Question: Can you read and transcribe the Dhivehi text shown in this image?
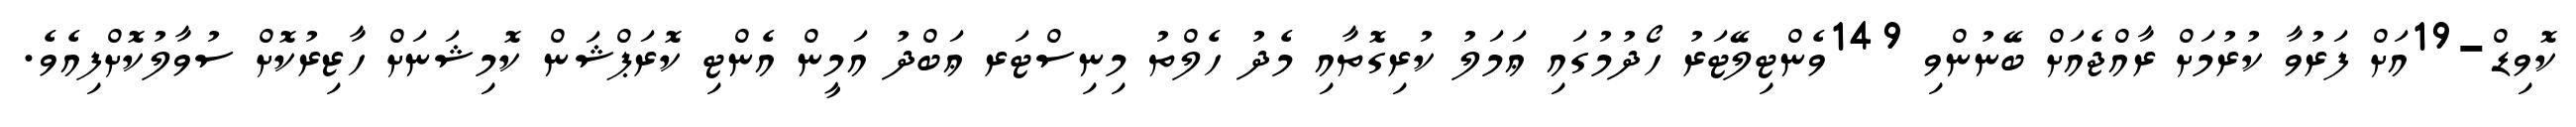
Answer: ކޮވިޑް-19އަށް ފަރުވާ ކުރުމަށް ރާއްޖެއަށް ބޭނުންވި 149ވެންޓިލޭޓަރު ހޯދުމުގައި ޢަމަލު ކުރިގޮތާއި މެދު ހެލްތު މިނިސްޓަރ ޢަބްދު އަމީން އެންޓި ކޮރަޕްޝަން ކޮމިޝަނަށް ހާޒިރުކޮށް ސުވާލުކޮށްފިއެވެ.